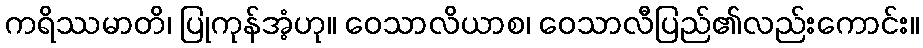
ကရိဿမာတိ၊ ပြုကုန်အံ့ဟု။ ဝေသာလိယာစ၊ ဝေသာလီပြည်၏လည်းကောင်း။